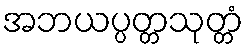
အဘယပ္ပတ္တသုတ္တံ